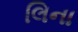
લિના